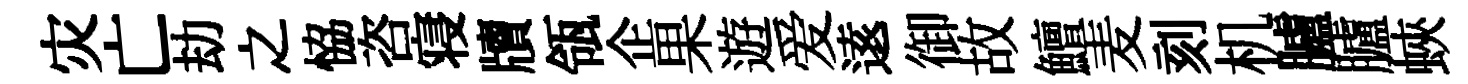
灾亡劫之恊咨寝牘瓴企果遊爱逺御故鱣麦刻机臚臚蛺